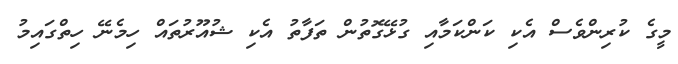
މީގެ ކުރިންވެސް އެކި ކަންކަމާއި ގުޅޭގޮތުން ތަފާތު އެކި ޝުއޫރުތައް ހިމެނޭ ހިތްގައިމު